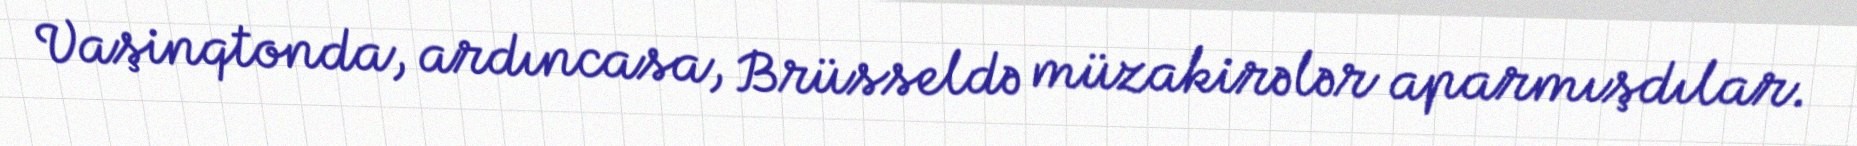
Vaşinqtonda, ardıncasa, Brüsseldə müzakirələr aparmışdılar.